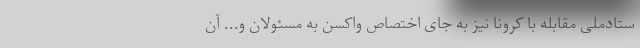
ستادملی مقابله با کرونا نیز به جای اختصاص واکسن به مسئولان و... آن